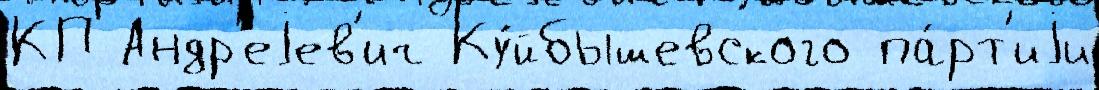
КП Андр'еjев'ич Ку́йбышевского па́рт'иjи